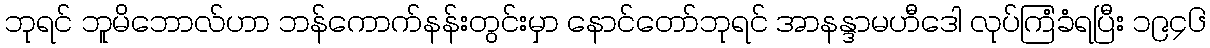
ဘုရင် ဘူမိဘောလ်ဟာ ဘန်ကောက်နန်းတွင်းမှာ နောင်တော်ဘုရင် အာနန္ဒာမဟီဒေါ လုပ်ကြံခံရပြီး ၁၉၄၆